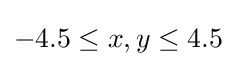
-4.5\leq x,y\leq 4.5